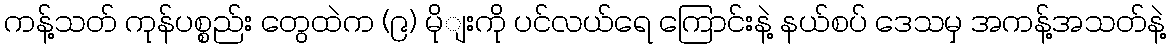
ကန့်သတ် ကုန်ပစ္စည်း တွေထဲက (၉) မိုျးကို ပင်လယ်ရေ ကြောင်းနဲ့ နယ်စပ် ဒေသမှ အကန့်အသတ်နဲ့